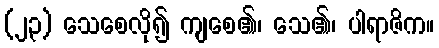
(၂၃) သေစေလို၍ ကျစေ၏၊ သေ၏၊ ပါရာဇိက။